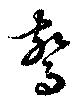
驚